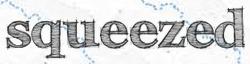
squeezed